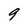
Character: 9